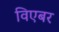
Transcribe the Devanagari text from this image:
विएबर